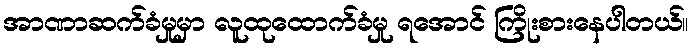
အာဏာဆက်ခံမှုမှာ လူထုထောက်ခံမှု ရအောင် ကြိုးစားနေပါတယ်။